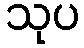
သုပ